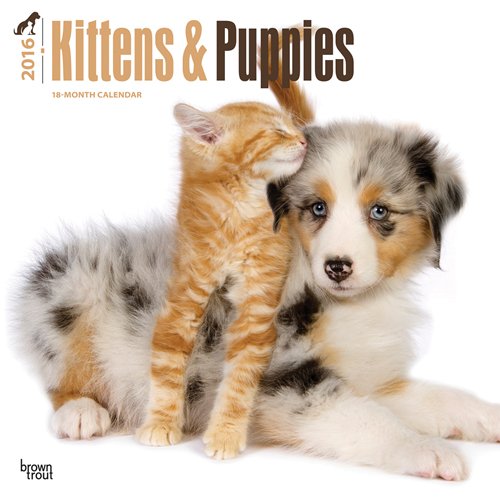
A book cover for Kittens & Puppies 2016 Square 12x12; Browntrout Publishers; Calendars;